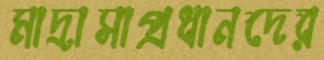
মাদ্রাসাপ্রধানদের